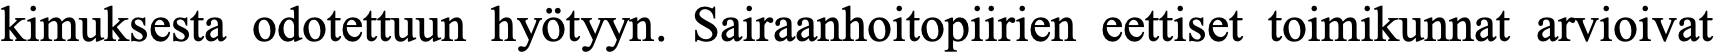
kimuksesta odotettuun hyötyyn. Sairaanhoitopiirien eettiset toimikunnat arvioivat